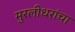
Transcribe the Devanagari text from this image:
मुरलीधरांचा